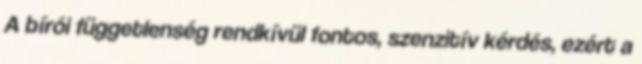
A bírói függetlenség rendkívül fontos, szenzitív kérdés, ezért a